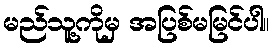
မည်သူ့ကိုမှ အပြစ်မမြင်ပါ။